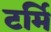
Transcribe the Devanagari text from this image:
टर्मि